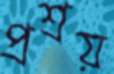
প্রশ্রয়